Annual report on the working of the lock hospitals in the North-Western Provinces and Oudh
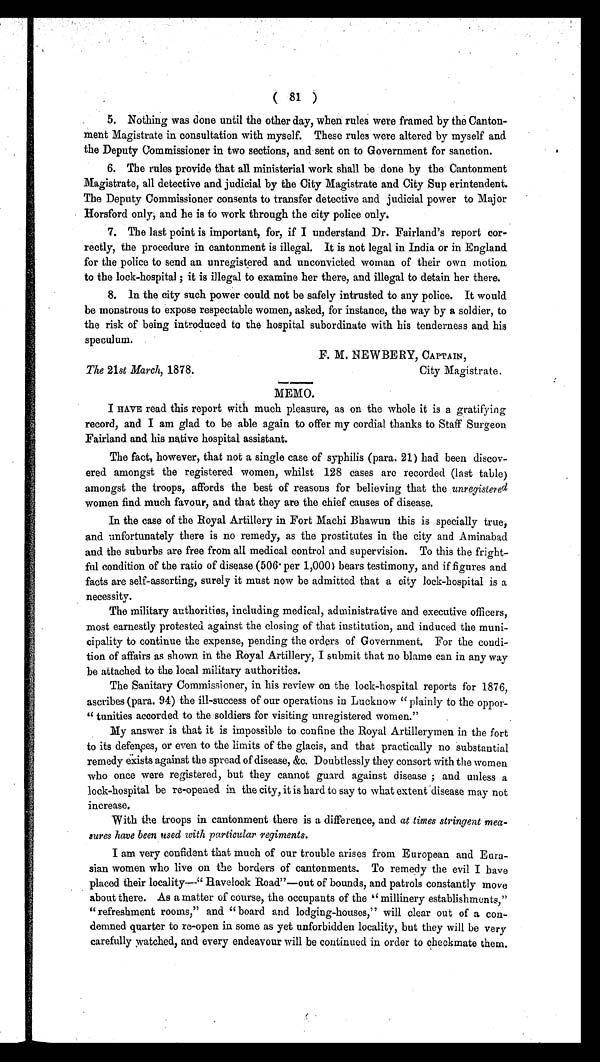
( 81 )
5. Nothing was done until the other day, when rules were framed by the Canton-
ment Magistrate in consultation with myself. These rules were altered by myself and.
the Deputy Commissioner in two sections, and sent on to Government for sanction.
6. The rules provide that all ministerial work shall be done by the Cantonment
Magistrate, all detective and judicial by the City Magistrate and City Sup erintendent.
The Deputy Commissioner consents to transfer detective and judicial power to Major
Horsford only, and he is to work through the city police only.
7. The last point is important, for, if I understand Dr. Fairland's report cor-
rectly, the procedure in cantonment is illegal. It is not legal in India or in England
for the police to send an unregistered and unconvicted woman of their own motion
to the lock-hospital ; it is illegal to examine her there, and illegal to detain her there.
8. In the city such power could not be safely intrusted to any police. It would
be monstrous to expose respectable women, asked, for instance, the way by a soldier, to
the risk of being introduced to the hospital subordinate with his tenderness and his
speculum.
F. M. NEWBERY, CAPTAIN,
City Magistrate.
MEMO.
I HAVE read this report with much pleasure, as on the whole it is a gratifying
record, and I am glad to be able again to offer my cordial thanks to Staff Surgeon
Fairland and his native hospital assistant.
The fact, however, that not a single case of syphilis (para. 21) had been discov-
ered amongst the registered women, whilst 128 cases are recorded (last table)
amongst the troops, affords the best of reasons for believing that the unregistered
women find much favour, and that they are the chief causes of disease.
In the case of the Royal Artillery in Fort Mai Bhawun this is specially true,
and unfortunately there is no remedy, as the prostitutes in the city and Aminabad
and the suburbs are free from all medical control and supervision. To this the fright-
ful condition of the ratio of disease (506 per 1,000) bears testimony, and if figures and
facts are self-asserting, surely it must now be admitted that a city lock-hospital is a
necessity.
The military authorities, including medical, administrative and executive officers,
most earnestly protested against the closing of that institution, and induced the muni-
cipality to continue the expense, pending the orders of Government. For the condi-
tion of affairs as shown in the Royal Artillery, I submit that no blame can in any way
be attached to the local military authorities.
The Sanitary Commissioner, in his review on the lock-hospital reports for 1876,
ascribes (para. 94) the ill-success of our operations in Lucknow " plainly to the oppor-
" tunities accorded to the soldiers for visiting unregistered women."
My answer is that it is impossible to confine the Royal Artillerymen in the fort
to its defences, or even to the limits of the glacis, and that practically no substantial
remedy exists against the spread of disease, &c. Doubtlessly they consort with the women
who once were registered, but they cannot guard against disease ; and unless a
lock-hospital be re-opened in the city, it is hard to say to what extent disease may not
increase.
With the troops in cantonment there is a difference, and at times stringent mea-
sures have been used with particular regiments.
I am very confident that much of our trouble arises from European and Eura-
sian women who live on the borders of cantonments. To remedy the evil I have
placed their locality—" Havelock Road"—out of bounds, and patrols constantly move
about there. As a matter of course, the occupants of the "millinery establishments,"
" refreshment rooms," and " board and lodging-houses," will clear out of a con-
demned quarter to re-open in some as yet unforbidden locality, but they will be very
carefully watched, and every endeavour will be continued in order to checkmate them.
The 21st March, 1878.